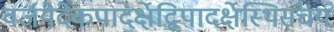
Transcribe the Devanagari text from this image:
वर्जयेदेकपादर्क्षेद्विपादर्क्षेस्थिसंचयं